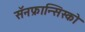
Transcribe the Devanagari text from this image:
सॅनफ्रान्सिस्को